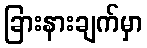
ခြားနားချက်မှာ